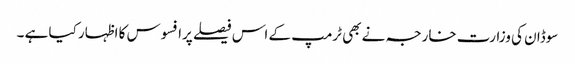
سوڈان کی وزارت خارجہ نے بھی ٹرمپ کے اس فیصلے پرافسوس کا اظہار کیا ہے ۔